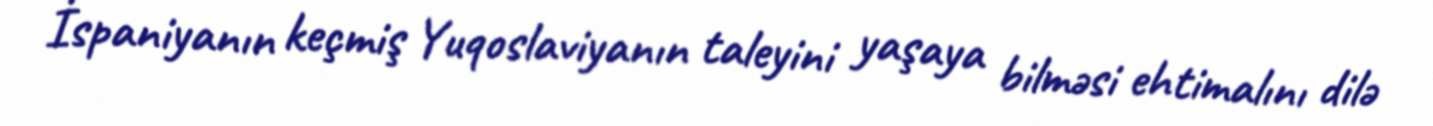
İspaniyanın keçmiş Yuqoslaviyanın taleyini yaşaya bilməsi ehtimalını dilə